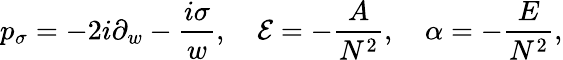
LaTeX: p_{\sigma}=-2i\partial_{w}-\frac{i\sigma}{w},\quad{\cal E}=-\frac{A}{N^{2}},\quad\alpha=-\frac{E}{N^{2}},